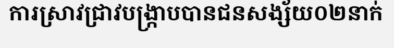
ការស្រាវជ្រាវបង្ក្រាបបានជនសង្ស័យ០២នាក់